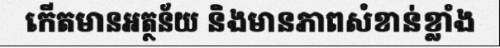
កើតមានអត្ថន័យ និងមានភាពសំខាន់ខ្លាំង